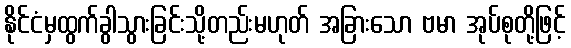
နိုင်ငံမှထွက်ခွါသွားခြင်းသို့တည်းမဟုတ် အခြားသော ဗမာ အုပ်စုတို့ဖြင့်